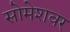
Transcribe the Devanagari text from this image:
सोमेशवर